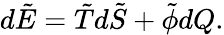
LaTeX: d\tilde{E}=\tilde{T}d\tilde{S}+\tilde{\phi}dQ.